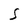
Character: S